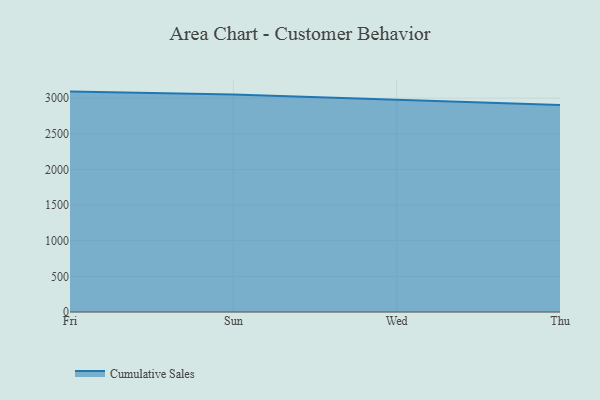
{"axis": {"x": "Day", "y": "Waste Production (Tons)"}, "legend": ["Cumulative Sales"], "data": [{"x": "Fri", "y": 3091.0, "type": "Cumulative Sales"}, {"x": "Sun", "y": 3049.4, "type": "Cumulative Sales"}, {"x": "Wed", "y": 2976.0, "type": "Cumulative Sales"}, {"x": "Thu", "y": 2901.4, "type": "Cumulative Sales"}]}